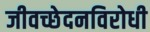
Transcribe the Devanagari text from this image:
जीवच्छेदनविरोधी